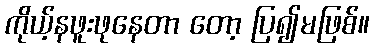
ကိုယ့်နဖူးဖုနေတာ တော့ ပြ၍မဖြစ်။